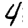
Digit: 4